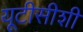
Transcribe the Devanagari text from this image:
यूटीसीशी